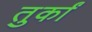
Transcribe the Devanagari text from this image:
तुर्कां